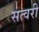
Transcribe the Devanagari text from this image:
सत्वरी